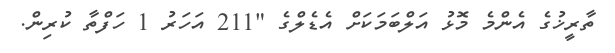
ތާރީޚުގެ އެންމެ މޮޅު އަލްބަމަކަށް އެޑެލްގެ "211 އަހަރު 1 ހަފްތާ ކުރިން.